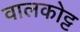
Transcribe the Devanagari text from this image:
वालकोट्ट